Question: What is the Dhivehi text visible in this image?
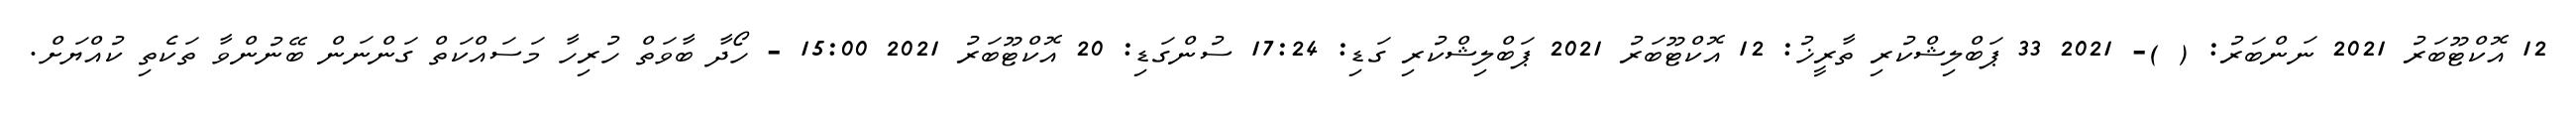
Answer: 12 އޮކްޓޫބަރު 2021 ނަންބަރު: ( )- 2021 33 ޕަބްލިޝްކުރި ތާރީޚު: 12 އޮކްޓޫބަރު 2021 ޕަބްލިޝްކުރި ގަޑި: 17:24 ސުންގަޑި: 20 އޮކްޓޫބަރު 2021 15:00 - ހޯދާ ބާވަތް ހުރިހާ މަސައްކަތް ގަންނަން ބޭނުންވާ ތަކެތި ކުއްޔަށް.